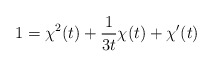
\begin{align*}1 = \chi^2(t) + {1 \over {3t}} \chi(t) + \chi'(t)\end{align*}